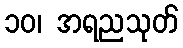
၁၀၊ အရညသုတ်